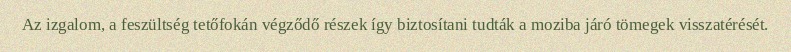
Az izgalom, a feszültség tetőfokán végződő részek így biztosítani tudták a moziba járó tömegek visszatérését.